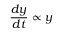
{ \frac { d y } { d t } } \propto y